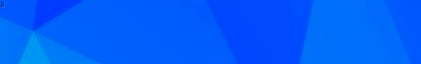
SUNSET BLVD